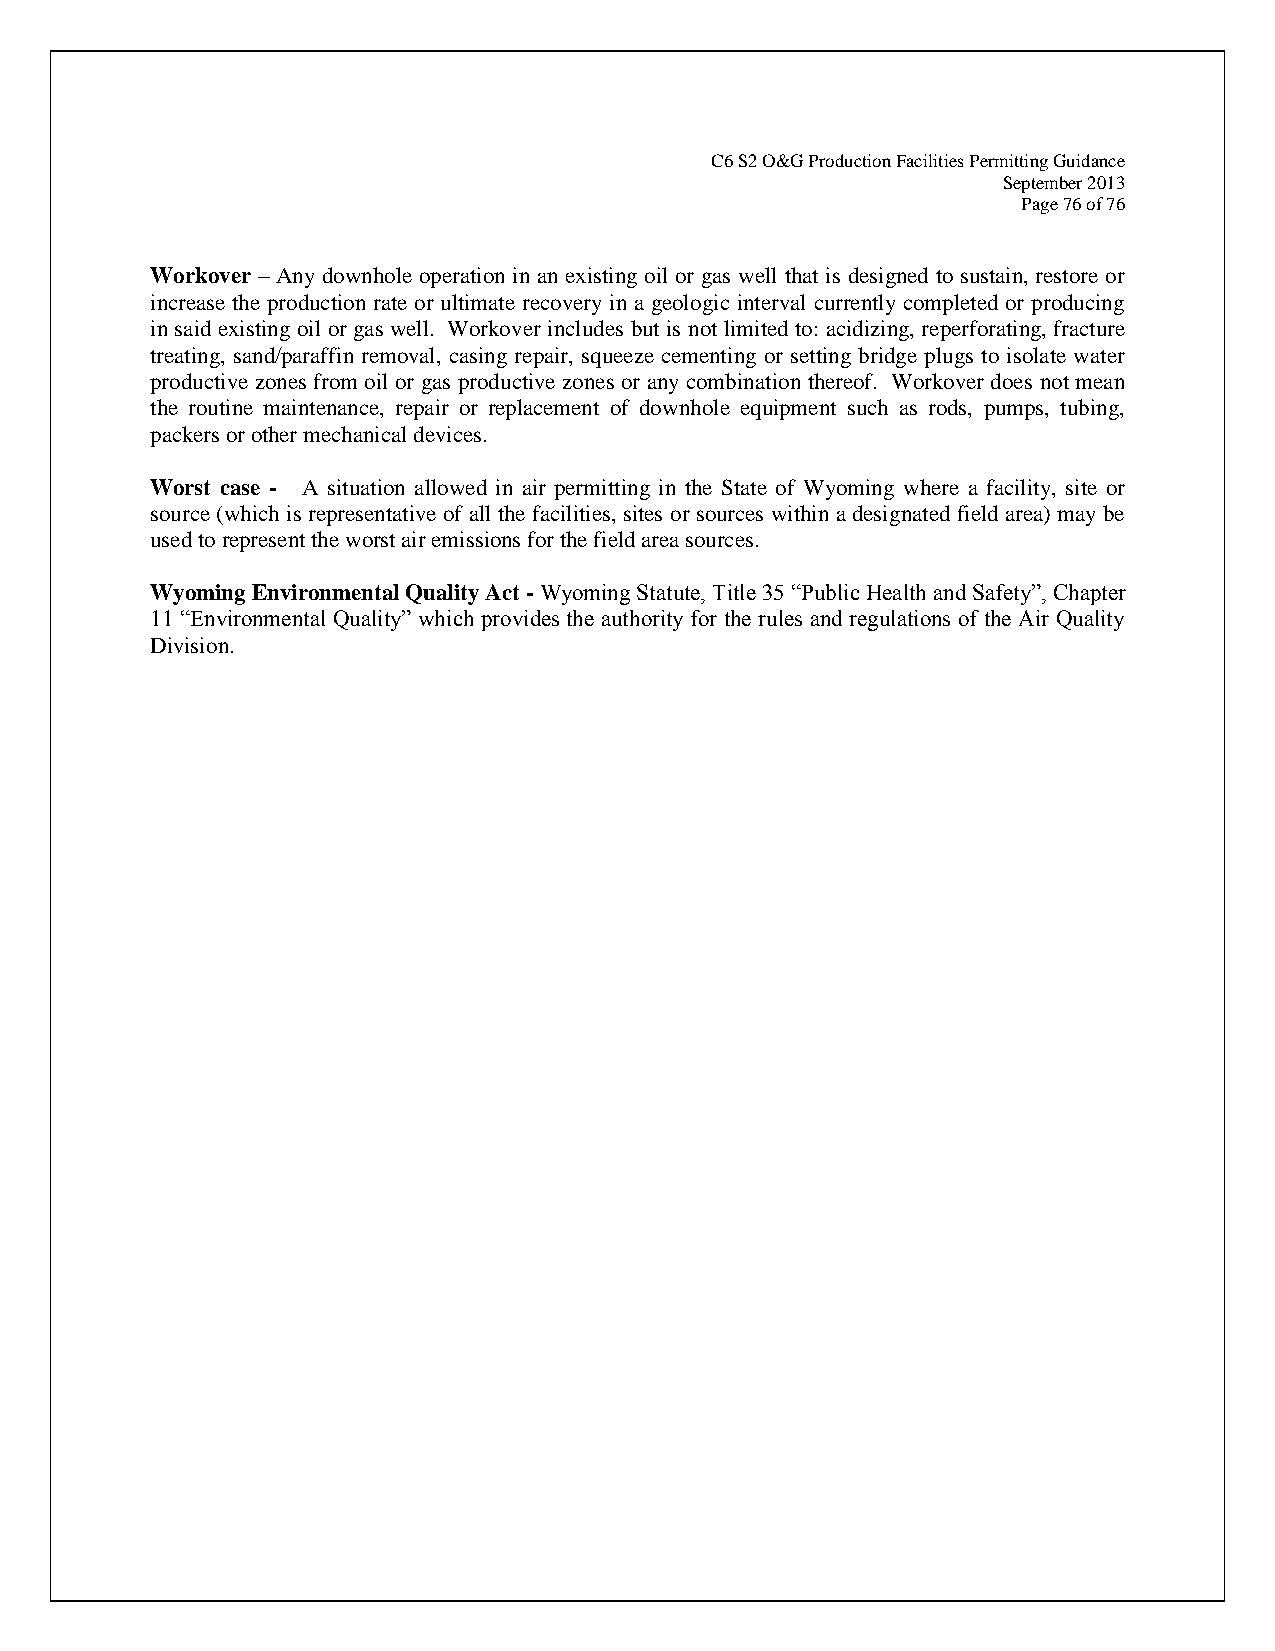
C6 S2 O&G Production Facilities Permitting Guidance
 September 2013
 Page 76 of 76
 Workover – Any downhole operation in an existing oil or gas well that is designed to sustain, restore or
 increase the production rate or ultimate recovery in a geologic interval currently completed or producing
 in said existing oil or gas well. Workover includes but is not limited to: acidizing, reperforating, fracture
 treating, sand/paraffin removal, casing repair, squeeze cementing or setting bridge plugs to isolate water
 productive zones from oil or gas productive zones or any combination thereof. Workover does not mean
 the routine maintenance, repair or replacement of downhole equipment such as rods, pumps, tubing,
 packers or other mechanical devices.
 Worst case - A situation allowed in air permitting in the State of Wyoming where a facility, site or
 source (which is representative of all the facilities, sites or sources within a designated field area) may be
 used to represent the worst air emissions for the field area sources.
 Wyoming Environmental Quality Act - Wyoming Statute, Title 35 “Public Health and Safety”, Chapter
 11 “Environmental Quality” which provides the authority for the rules and regulations of the Air Quality
 Division.